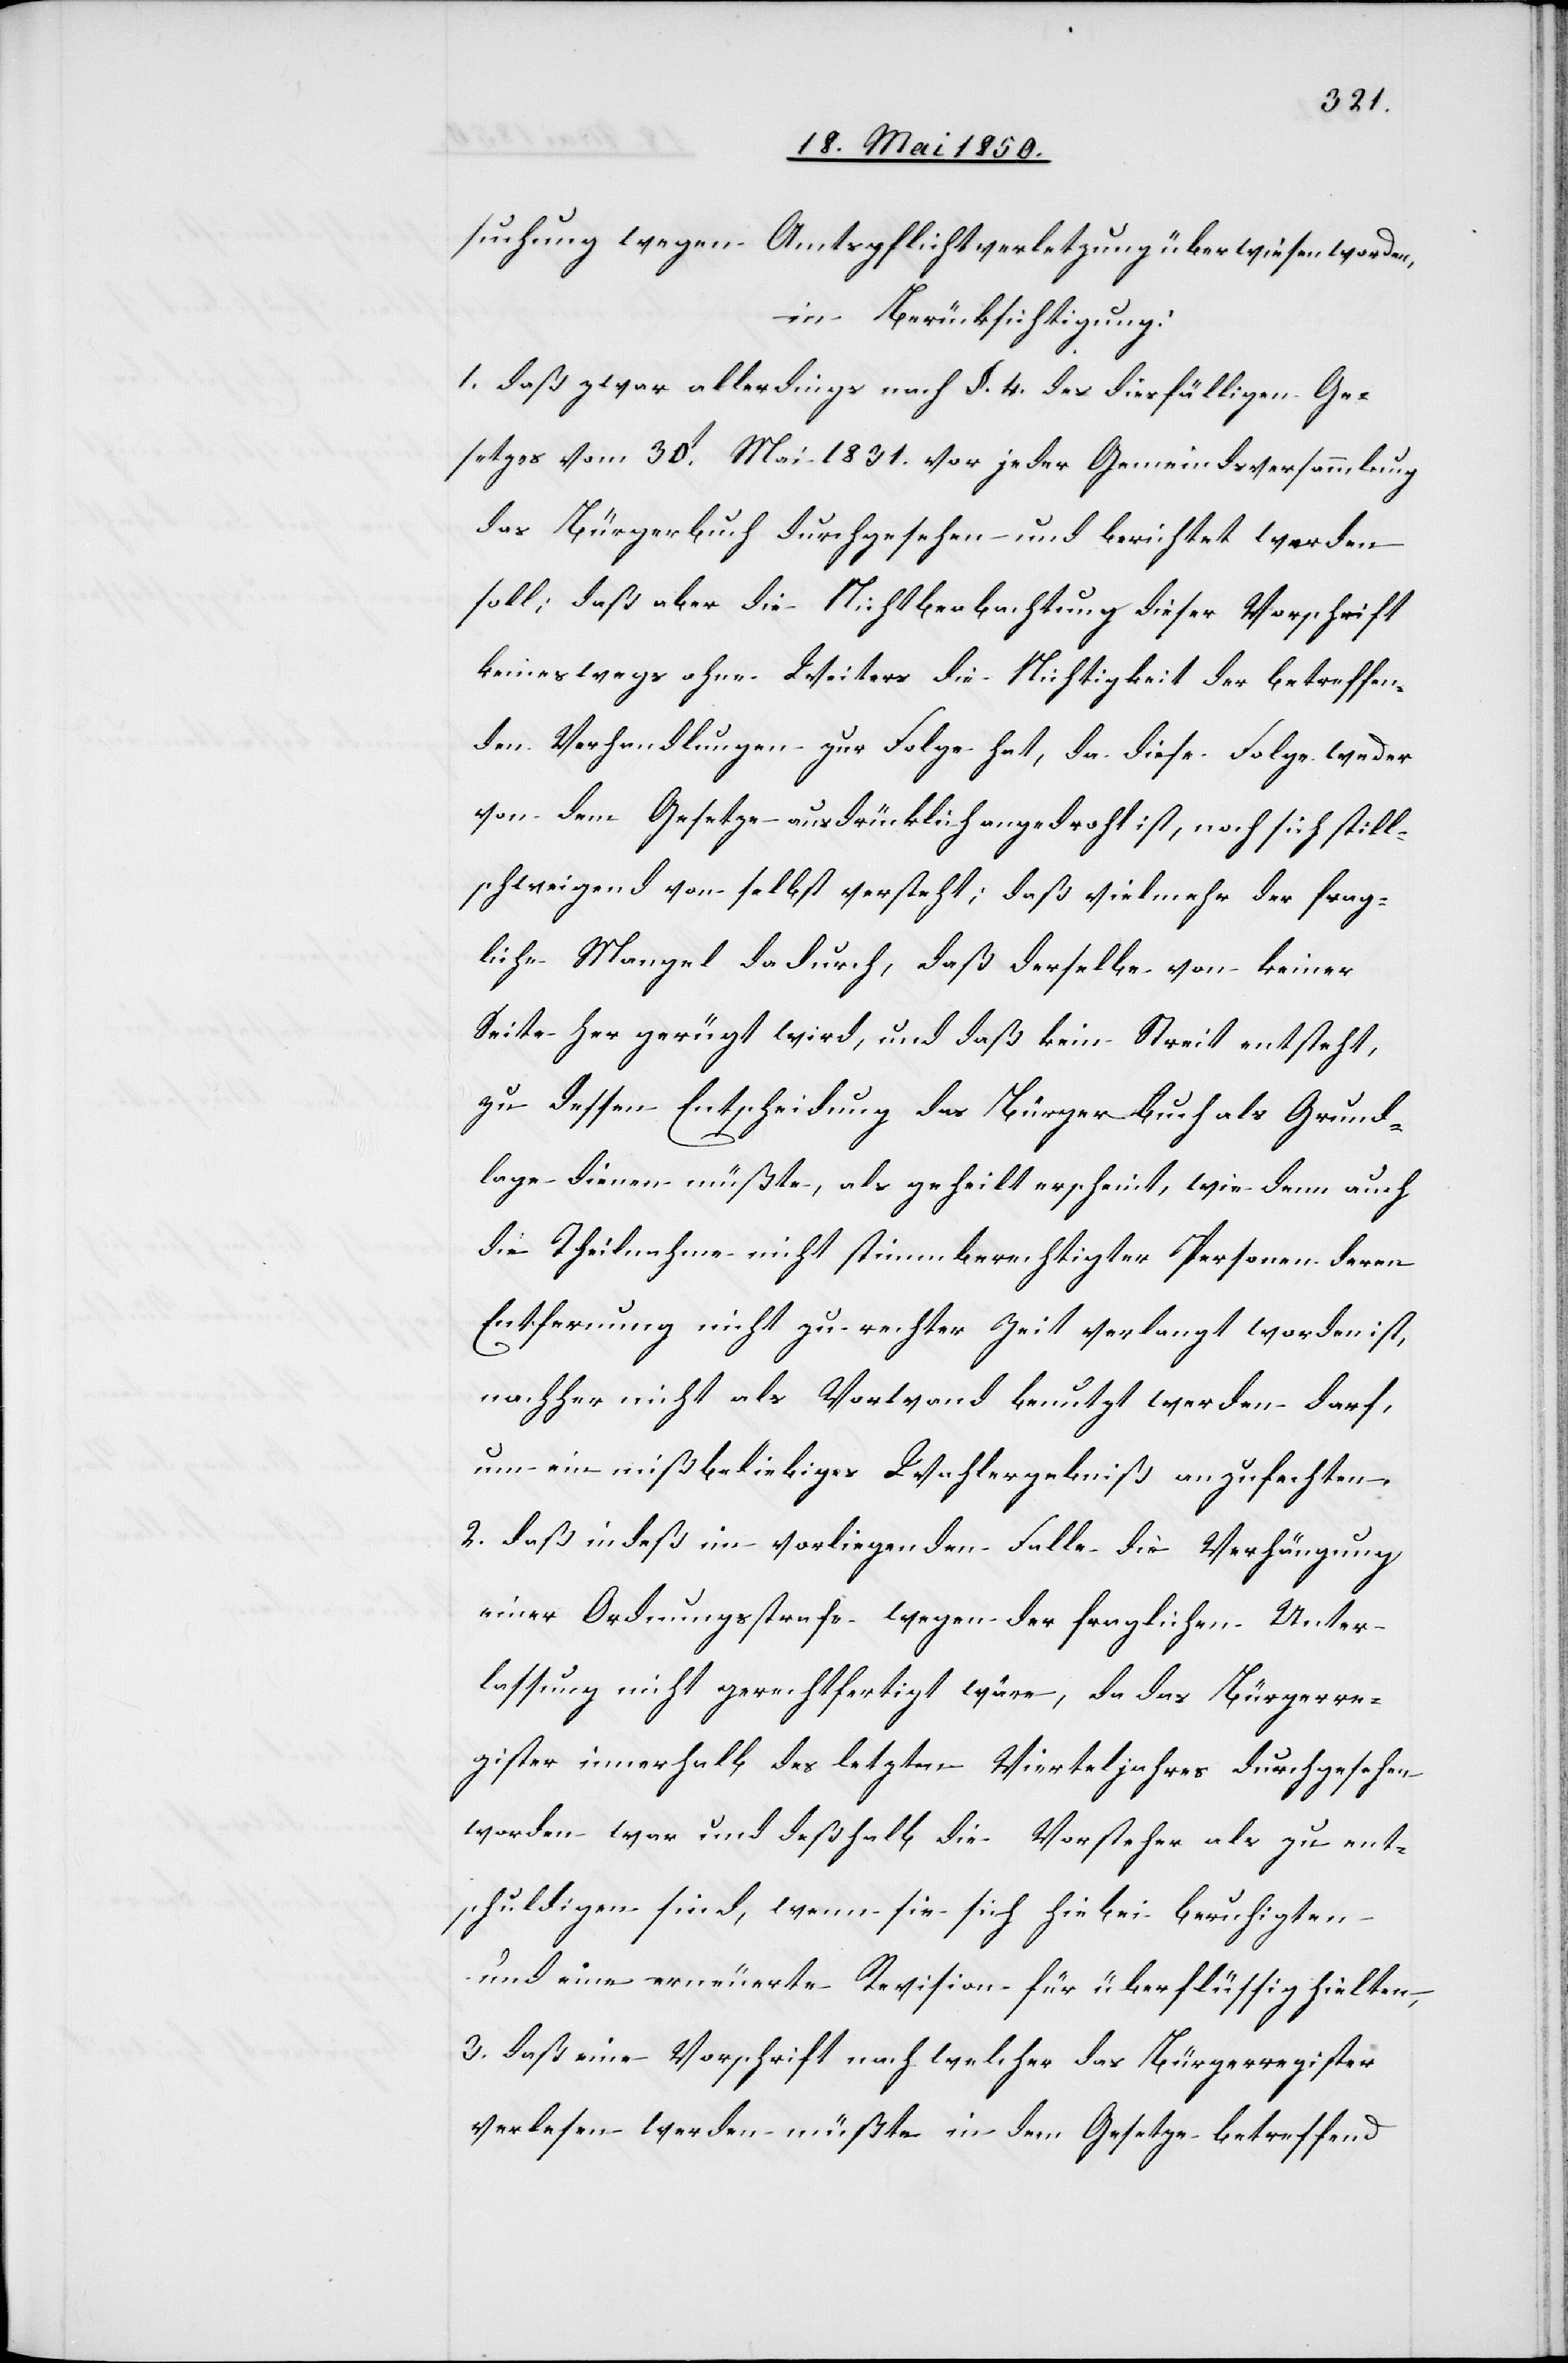
suchung wegen Amtspflichtverletzung überwiesen worden,
in Berücksichtigung:
1. daß zwar allerdings nach §. 4. des diesfälligen Ge¬
setzes vom 30t Mai 1831. vor jeder Gemeindsversammlung
das Bürgerbuch durchgesehen und berichtet werden
soll; daß aber die Nichtbeobachtung dieser Vorschrift
keineswegs ohne Weiters die Nichtigkeit der betreffen¬
den Verhandlungen zur Folge hat, da diese Folge weder
von dem Gesetze ausdrücklich angedroht ist, noch sich still¬
schweigend von selbst versteht; daß vielmehr der frag¬
liche Mangel dadurch, daß derselbe von keiner
Seite her gerügt wird, und daß kein Streit entsteht,
zu dessen Entscheidung das Bürgerbuch als Grund¬
lage dienen müßte, als geheilt erscheint, wie denn auch
die Theilnahme nicht stimmberechtigter Personen deren
Entfernung nicht zu rechter Zeit verlangt worden ist,
nachher nicht als Vorwand benutzt werden darf,
um ein mißbeliebiges Wahlergebniß anzufechten,
2. daß indeß im vorliegenden Falle die Verhängung
einer Ordnungsstrafe wegen der fraglichen Unter¬
lassung nicht gerechtfertigt wäre, da das Bürgerre¬
gister innerhalb des letzten Vierteljahres durchgesehen
worden war und deßhalb die Vorsteher als zu ent¬
schuldigen sind, wenn sie sich hiebei beruhigten
und eine erneuerte Revision für überflüssig hielten,
3. daß eine Vorschrift nach welcher das Bürgerregister
verlesen werden müßte in dem Gesetze betreffend